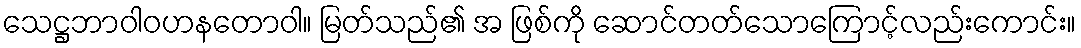
သေဋ္ဌဘာဝါဝဟနတောဝါ။ မြတ်သည်၏ အ ဖြစ်ကို ဆောင်တတ်သောကြောင့်လည်းကောင်း။